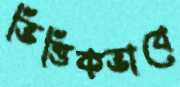
ভিত্তিকভাবে